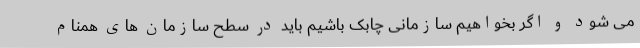
می شود و اگر بخواهیم سازمانی چابک باشیم باید در سطح سازمان های همنام